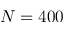
N = 4 0 0